65_HS1-834228961_62-HQ-83894_Section_5
Agency: FBI
Page 145
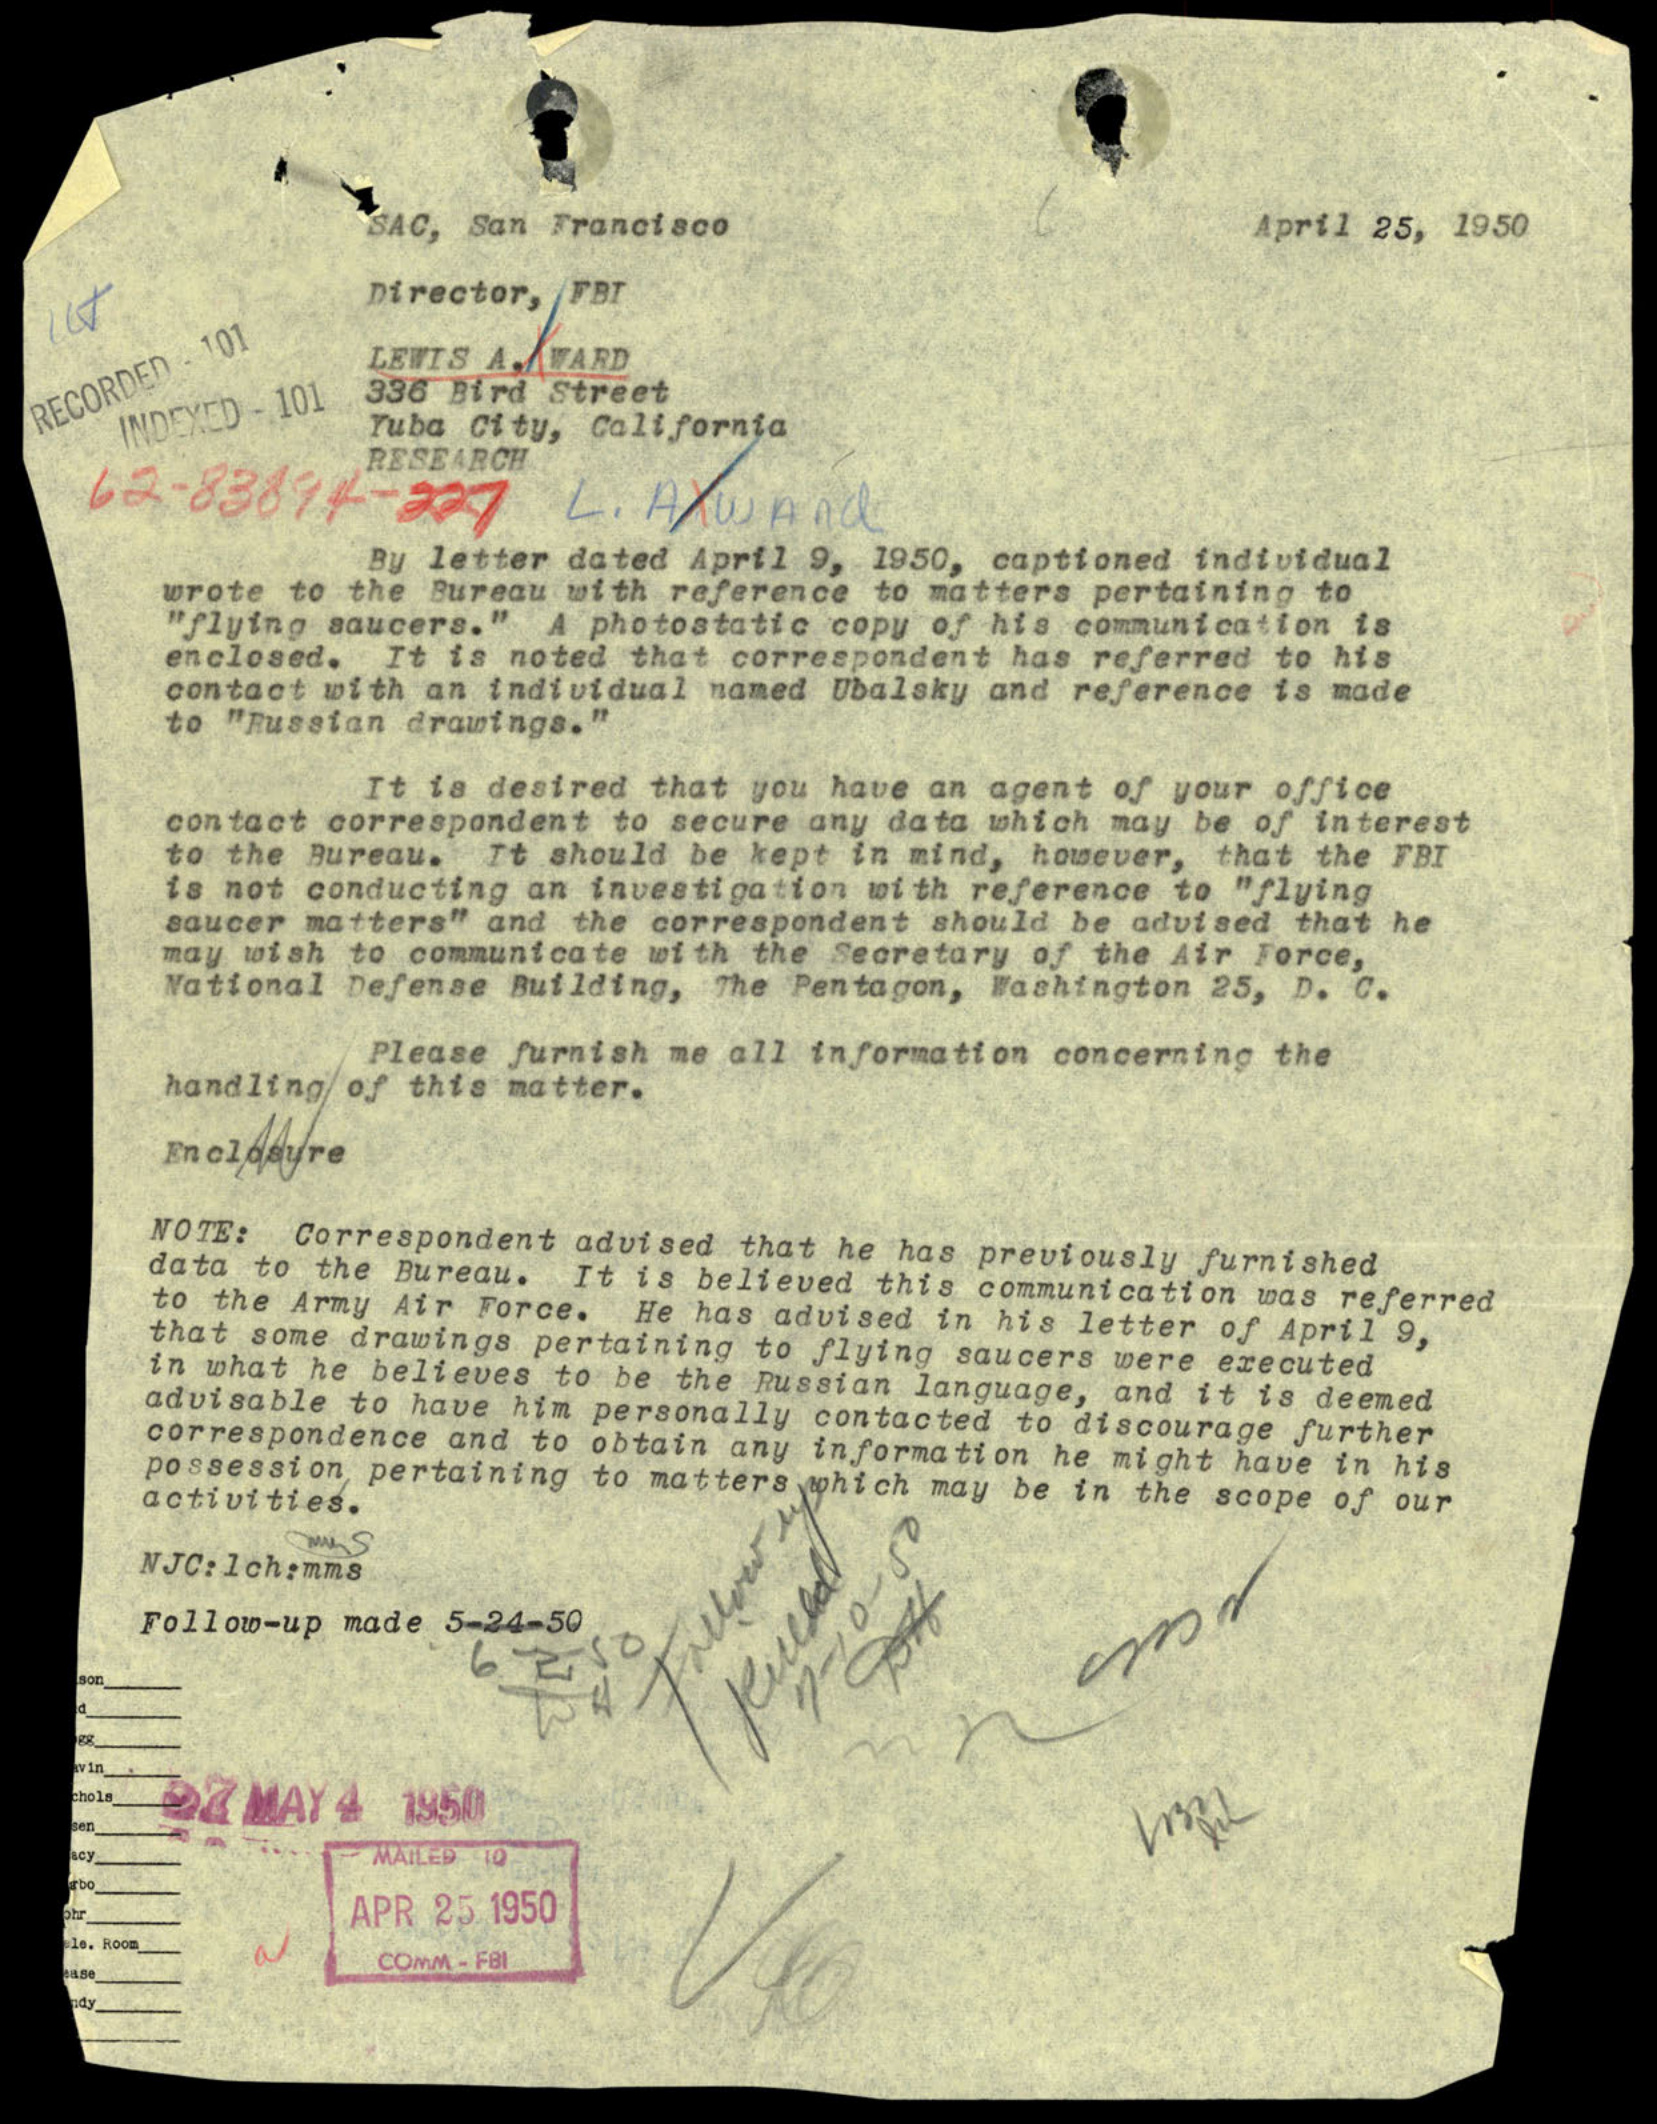